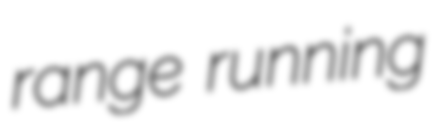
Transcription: range running